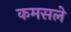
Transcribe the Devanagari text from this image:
कमसले